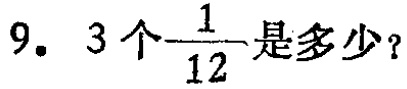
9. 3个$\frac{1}{12}$是多少？